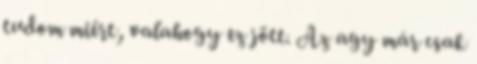
tudom miért, valahogy ez jött. Az agy már csak